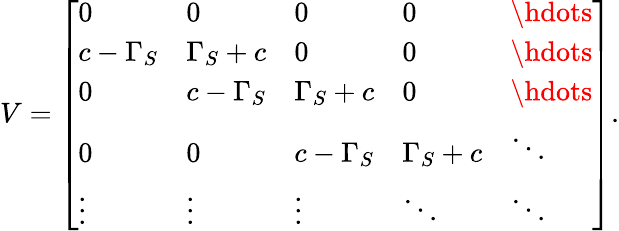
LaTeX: V=\left[\begin{array}{lllll}{0}&{0}&{0}&{0}&{\hdots}\\ {c-\Gamma_{S}}&{\Gamma_{S}+c}&{0}&{0}&{\hdots}\\ {0}&{c-\Gamma_{S}}&{\Gamma_{S}+c}&{0}&{\hdots}\\ {0}&{0}&{c-\Gamma_{S}}&{\Gamma_{S}+c}&{\ddots}\\ {\vdots}&{\vdots}&{\vdots}&{\ddots}&{\ddots}\end{array}\right].